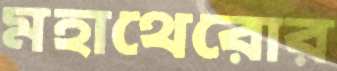
মহাথেরোর